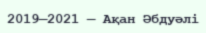
2019—2021 — Ақан Әбдуәлі